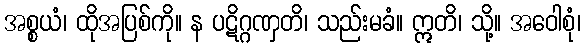
အစ္စယံ၊ ထိုအပြစ်ကို။ န ပဋိဂ္ဂဏှတိ၊ သည်းမခံ။ ဣတိ၊ သို့။ အဝေါစုံ၊